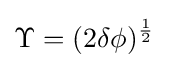
\Upsilon =(2\delta \phi )^{\frac {1}{2}}